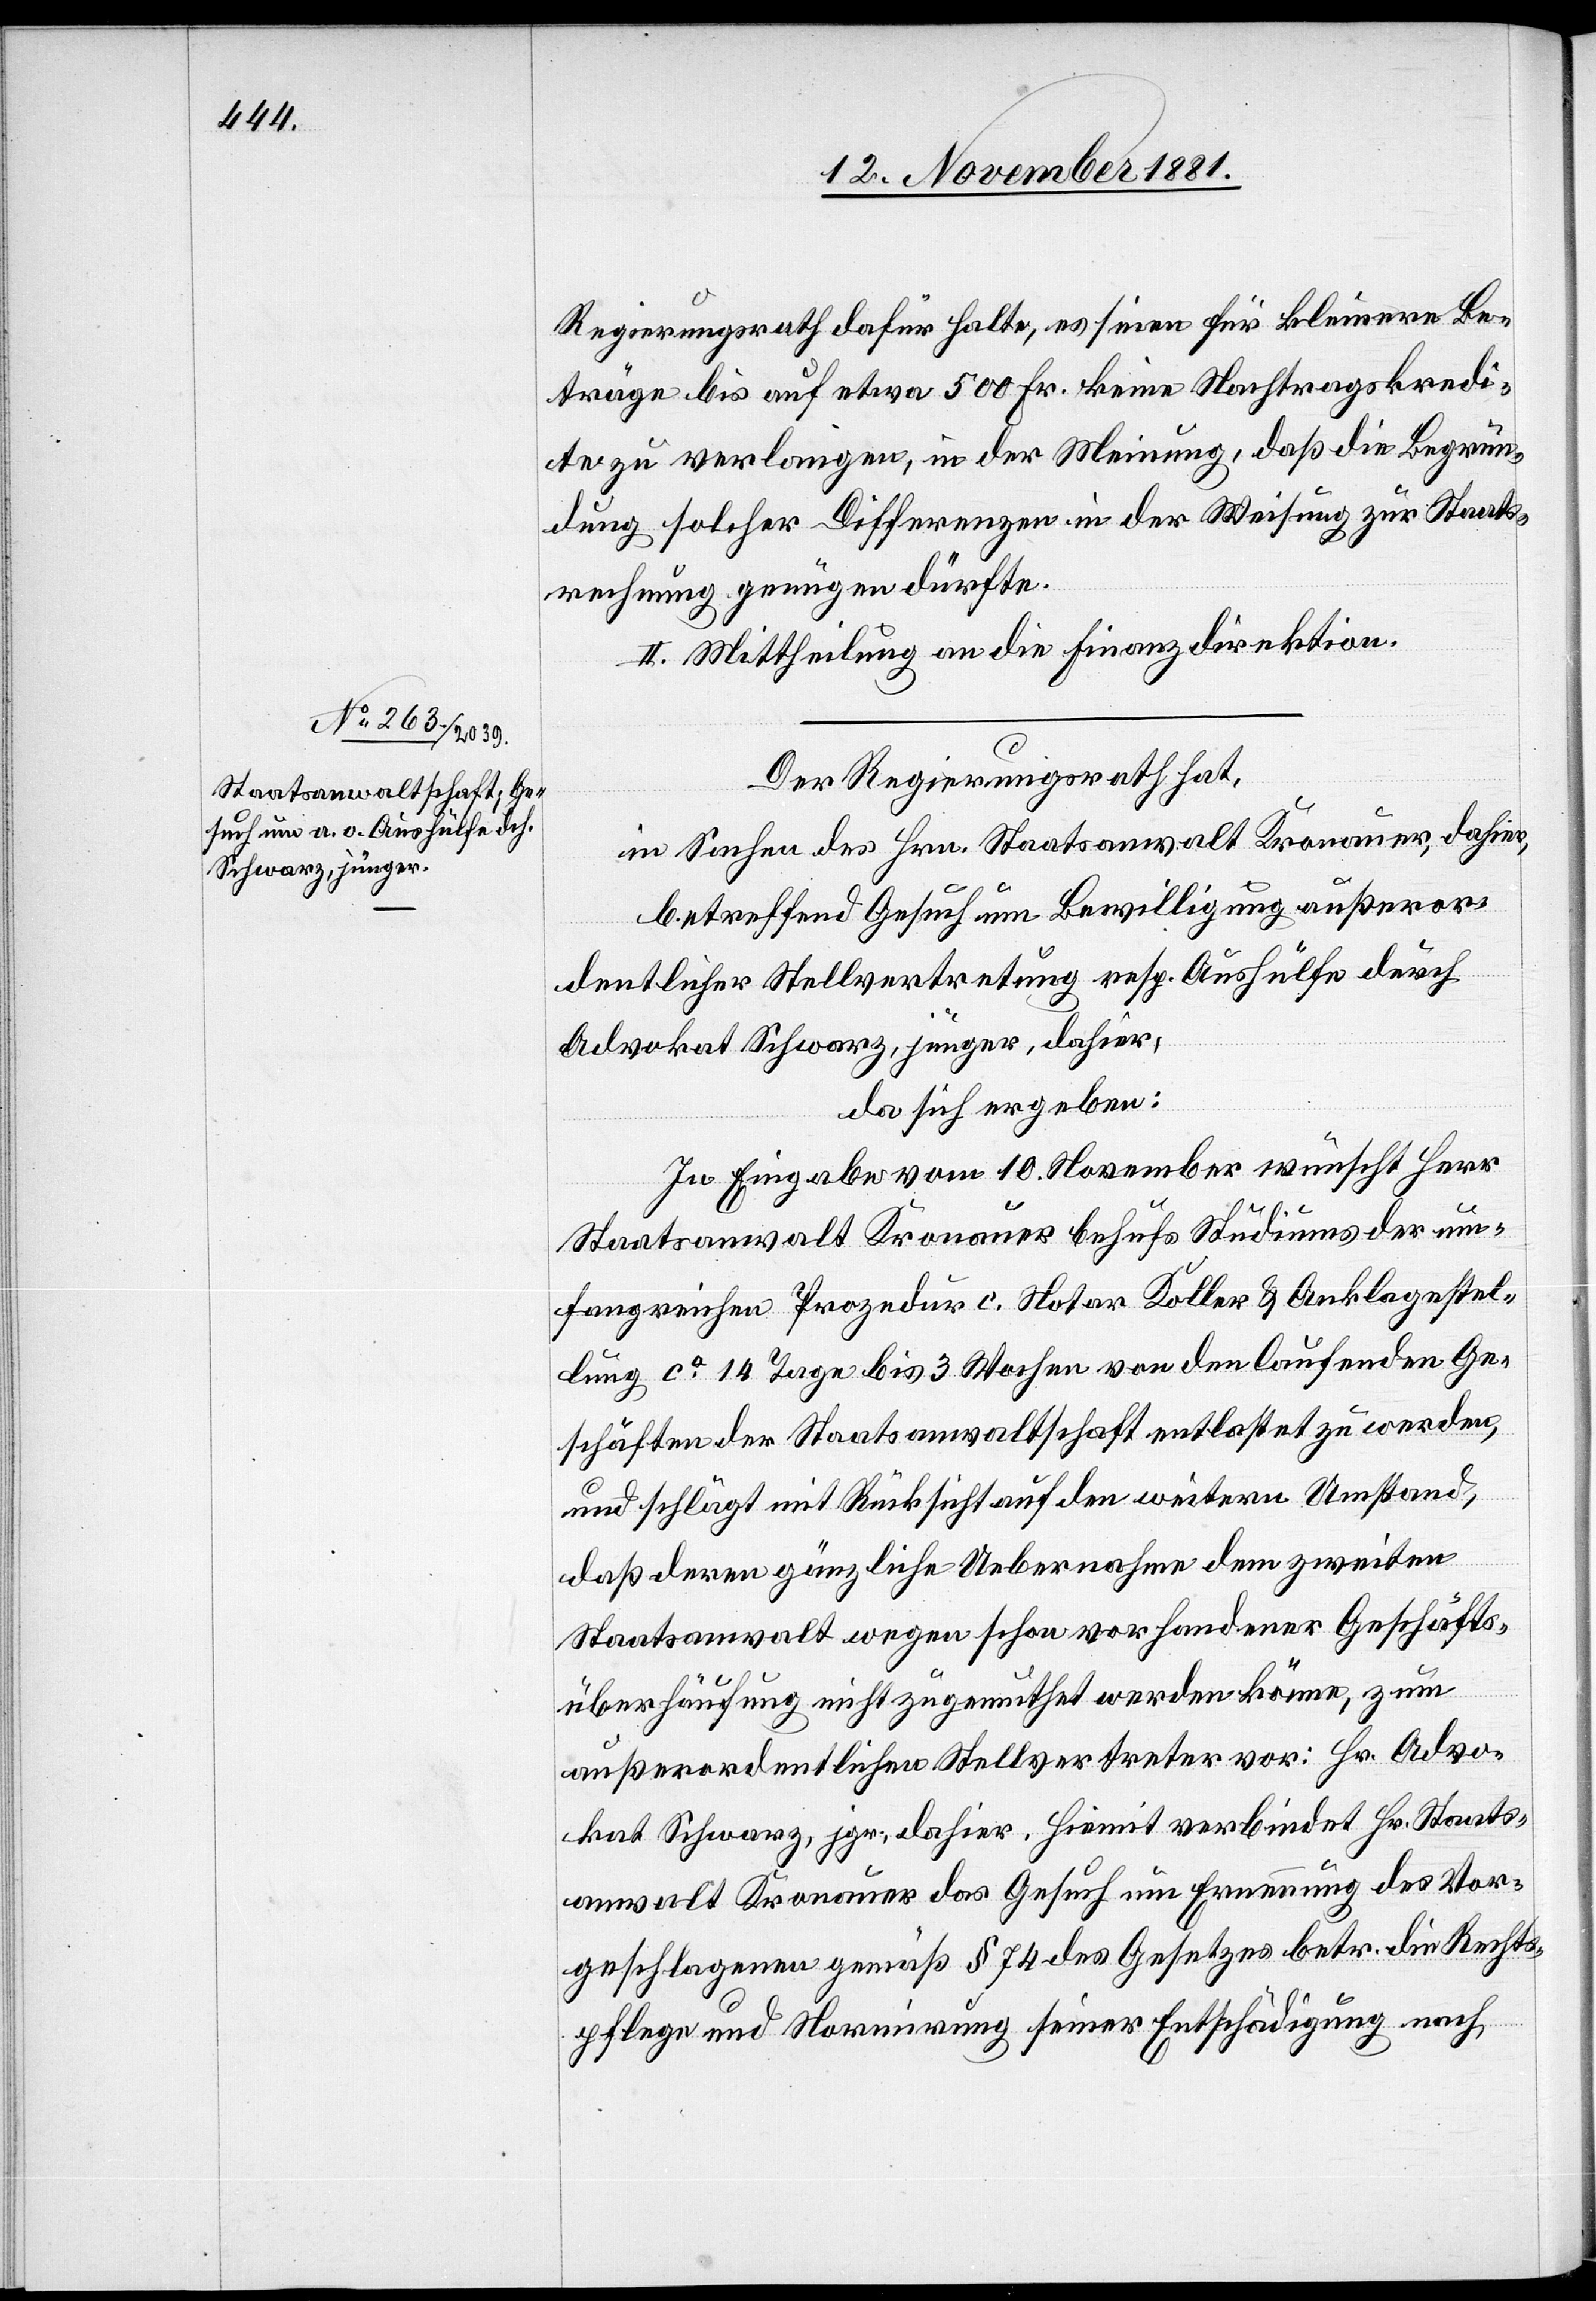
Regierungsrath dafür halte, es seien für kleinere Be¬
träge bis auf etwa 500 Fr. keine Nachtragskredi¬
te zu verlangen, in der Meinung, daß die Begrün¬
dung solcher Differenzen in der Weisung zur Staats¬
rechnung genügen dürfte.
II. Mittheilung an die Finanzdirektion.
Der Regierungsrath hat,
in Sachen des Hrn. Staatsanwalt Kronauer, dahier,
betreffend Gesuch um Bewilligung außeror¬
dentlicher Stellvertretung resp. Aushülfe durch
Advokat Schwarz, jünger, dahier,
da sich ergeben:
In Eingabe vom 10 November wünscht Herr
Staatsanwalt Kronauer behufs Studiums der um¬
fangreichen Prozedur c. Notar Koller & Anklagestel¬
lung ca 14 Tage bis 3 Wochen von den laufenden Ge¬
schäften der Staatsanwaltschaft entlastet zu werden,
und schlägt mit Rücksicht auf den weitern Umstand,
daß deren gänzliche Uebernahme den zweiten
Staatsanwalt wegen schon vorhandener Geschäfts¬
überhäufung nicht zugemuthet werden könne, zum
außerordentlichen Stellvertreter vor: Hr. Advo¬
kat Schwarz, jgr., dahier. Hiemit verbindet Hr. Staats¬
anwalt Kronauer das Gesuch um Ernennung des Vor¬
geschlagenen gemäß § 74 des Gesetzes betr. die Rechts¬
pflege und Normirung seiner Entschädigung nach,